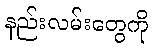
နည်းလမ်းတွေကို